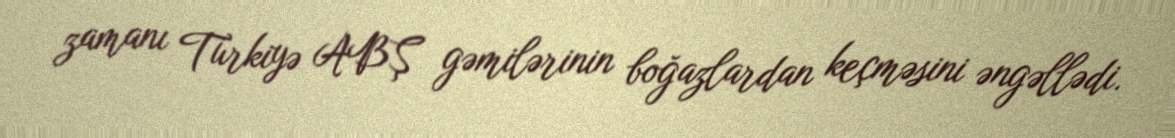
zamanı Türkiyə ABŞ gəmilərinin boğazlardan keçməsini əngəllədi.